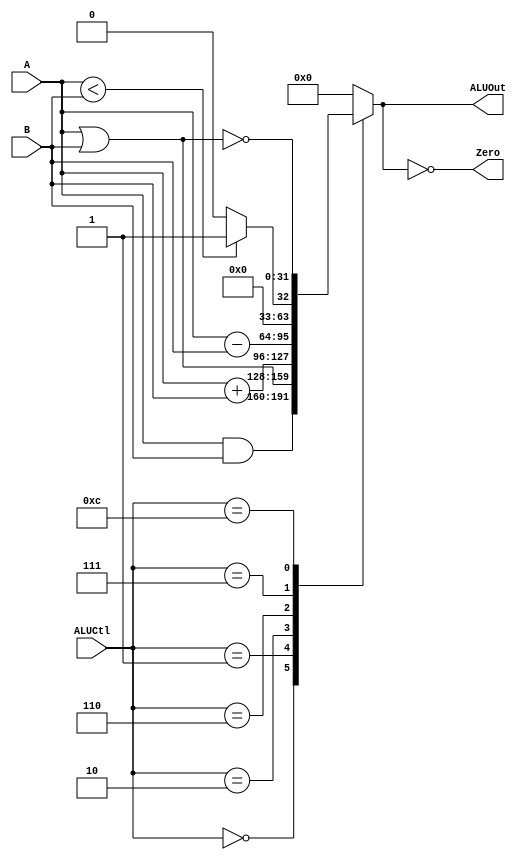
module MIPSALU(ALUCtl,A,B,ALUOut,Zero);
input [3:0] ALUCtl;
input [31:0] A,B;
output Zero;
output reg [31:0] ALUOut;
assign Zero = (ALUOut==0);
always @(ALUCtl,A,B)
//always @(*)
	case (ALUCtl)
		0: ALUOut <= (A & B);
		1: ALUOut <= (A | B);
		2: ALUOut <= (A + B);
		6: ALUOut <= (A - B);
		7: ALUOut <= (A < B ? 1:0);
		12: ALUOut <= (~(A | B));
	default: ALUOut <= 0;
	endcase
endmodule